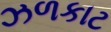
ઝળકાટ